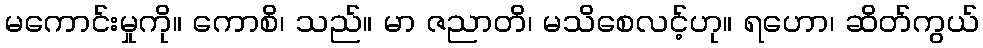
မကောင်းမှုကို။ ကောစိ၊ သည်။ မာ ဇညာတိ၊ မသိစေလင့်ဟု။ ရဟော၊ ဆိတ်ကွယ်